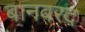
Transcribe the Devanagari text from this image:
बानवरद